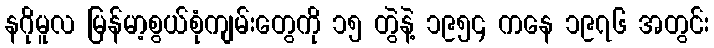
နဂိုမူလ မြန်မာ့စွယ်စုံကျမ်းတွေကို ၁၅ တွဲနဲ့ ၁၉၅၄ ကနေ ၁၉၇၆ အတွင်း